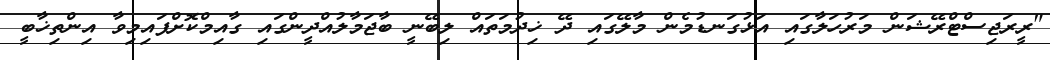
"ރީރަޖިސްޓްރޭޝަން މަރުހަލާގައި އަޅުގަނޑުމެން މާލޭގައި ދޭ ޚިދުމަތައް ލިބޭނީ ބާޖަމާލުއްދީންގައި ގާއިމްކޮށްފައިމިވާ އިންތިޚާބީ